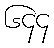
၆၄၄